Lunatic asylums Central Provinces reports 1895-1909 - 1895-1909
Year: 1895
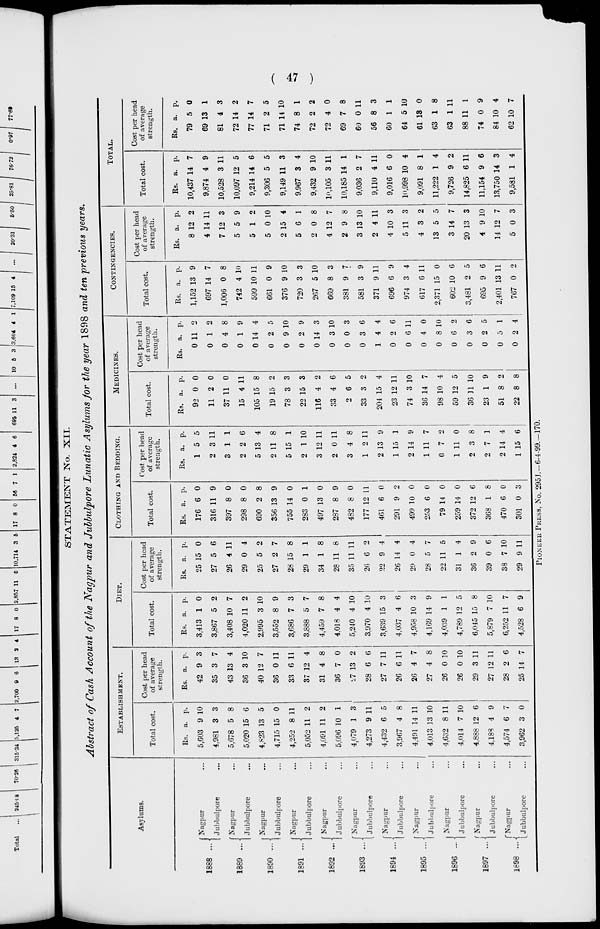
( 47 )
STATEMENT No. XII.
Abstract of Cash Account of the Nagpur and Jubbulpore Lunatic Asylums for the year 1898 and ten previous years.
Asylums.
1888 ..
1889 ...
1890 ...
1891 ...
1892 ...
1893 ...
1894 ...
1895 ...
1896 ...
1897 ...
1898 ...
Nagpur ...
Jubbulpore ...
Nagpur ...
Jubbulpore ...
Nagpur ...
Jubbulpore ...
Nagpur ...
Jubbulpore ...
Nagpur ...
Jubbulpore ...
Nagpur ...
Jubbulpore ...
Nagpur ...
Jubbulpore ...
Nagpur ...
Jubbulpore ...
Nagpur ...
Jubbulpore ...
Nagpur ...
Jubbulpore ...
Nagpur ...
Jubbulpore ...
ESTABLISHMENT.
Total cost.
Rs.
5,603
4,981
5,678
5,020
4,823
4,715
4,252
5,052
4,091
5,096
4,079
4,273
4,432
3,967
4,491
4,013
4,632
4,014
4,888
4,188
4,574
3,962
a.
9
3
5
15
13
15
8
11
11
10
1
9
6
4
14
13
8
7
12
4
6
3
p.
10
3
8
6
5
0
11
2
2
1
3
11
5
8
11
10
11
10
6
9
7
0
Cost per head
of average
strength.
Rs.
42
35
43
36
40
36
33
37
31
36
27
28
27
26
26
27
26
26
29
27
28
25
a.
9
3
13
3
12
0
6
12
4
7
13
6
7
6
4
4
0
0
3
12
2
14
p.
3
7
4
10
7
11
11
4
8
0
2
6
11
11
7
8
10
10
11
11
6
7
DIET.
Total cost.
Rs.
3,413
3,867
3,408
4,020
2,995
3,552
3,686
3,888
4,459
4,018
5,240
3,970
3,639
4,037
4,958
4,169
4,039
4,789
6,015
5,879
6,252
4,528
a.
1
5
10
11
3
8
7
5
7
4
4
4
15
4
10
14
1
12
15
7
11
6
p.
0
2
7
2
10
9
3
7
8
4
10
10
3
6
3
9
1
5
8
10
7
9
Cost per head
of average
strength.
Rs.
25
27
26
29
25
27
28
29
34
28
35
26
22
26
29
28
22
31
36
39
38
29
a.
15
5
4
0
5
2
15
1
1
11
11
6
9
14
0
5
11
1
2
0
7
9
p.
0
6
11
4
2
7
8
1
8
8
11
2
4
4
4
7
5
4
9
6
10
11
CLOTHING AND BEDDING.
Total cost.
Rs.
176
316
397
298
690
356
755
283
497
287
482
177
461
291
499
253
79
259
372
368
470
301
a.
6
11
8
8
2
13
14
0
13
8
8
12
6
9
10
6
14
14
12
1
6
0
p.
0
9
0
0
8
9
0
1
0
9
0
11
0
2
0
0
0
0
6
8
0
3
Cost per head
of average
strength.
Rs.
1
2
3
2
5
2
5
2
3
2
3
1
2
1
2
1
0
1
2
2
2
1
a.
5
3
1
2
13
11
15
1
12
0
4
2
13
15
14
11
7
11
3
7
14
15
p.
5
11
1
6
4
8
1
10
11
11
8
11
9
1
9
7
2
0
8
1
4
6
MEDICINES.
Total cost.
Rs.
92
11
37
15
105
19
78
22
116
33
2
33
204
23
74
36
98
59
36
23
51
22
a.
0
2
11
4
15
15
3
15
4
4
6
3
15
12
3
14
10
12
11
1
8
8
p.
0
0
0
11
8
2
3
3
2
6
5
2
4
11
10
7
4
5
10
9
2
8
Cost per head
of average
strength.
Rs.
0
0
0
0
0
0
0
0
0
0
0
0
1
0
0
0
0
0
0
0
0
0
a.
11
1
4
1
14
2
9
2
14
3
0
3
4
2
6
4
8
6
3
2
5
2
p.
2
2
8
9
4
5
10
9
3
10
3
6
4
6
11
0
10
2
6
5
1
4
CONTINGENCIES.
Total cost.
Rs.
1,152
697
1,006
742
599
661
376
720
267
669
381
581
371
696
974
617
2,371
602
3,481
695
2,401
767
a.
13
14
0
4
10
0
9
3
5
8
9
3
9
6
3
6
15
10
2
9
13
0
p.
9
7
8
10
11
9
10
3
10
3
7
9
11
9
4
11
0
6
5
6
11
2
Cost per head
of average
strength.
Rs.
8
4
7
5
5
5
2
5
2
4
2
3
2
4
5
4
13
3
20
4
14
5
a.
12
14
12
5
1
0
15
6
0
12
9
13
4
10
11
3
5
14
13
9
12
0
p.
2
11
3
9
2
10
4
1
8
7
8
10
11
3
3
2
5
7
3
10
7
3
TOTAL.
Total cost.
Rs.
10,437
9,874
10,528
10,097
9,214
9,306
9,149
9,967
9,432
10,105
10,185
9,036
9,110
9,016
10,998
9,091
11,222
9,726
14,825
11,154
13,750
9,581
a.
14
4
3
12
14
5
11
3
9
3
14
2
4
6
10
8
1
9
6
9
14
1
p.
7
9
11
5
6
5
3
4
10
11
1
7
11
0
4
1
4
2
11
6
3
4
Cost per head
of average
strength.
Rs.
79
69
81
72
77
71
71
74
72
72
69
60
56
60
64
61
63
63
88
74
84
62
a.
5
13
4
14
14
2
14
8
2
4
7
0
8
1
5
13
1
1
11
0
10
10
p.
0
1
3
2
7
5
10
1
2
0
8
11
3
1
10
0
8
11
1
9
4
7
PIONEER PRESS, No. 295J.—6-4-99.—170.